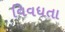
વિવધતા